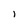
Character: 1